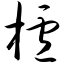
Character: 栌